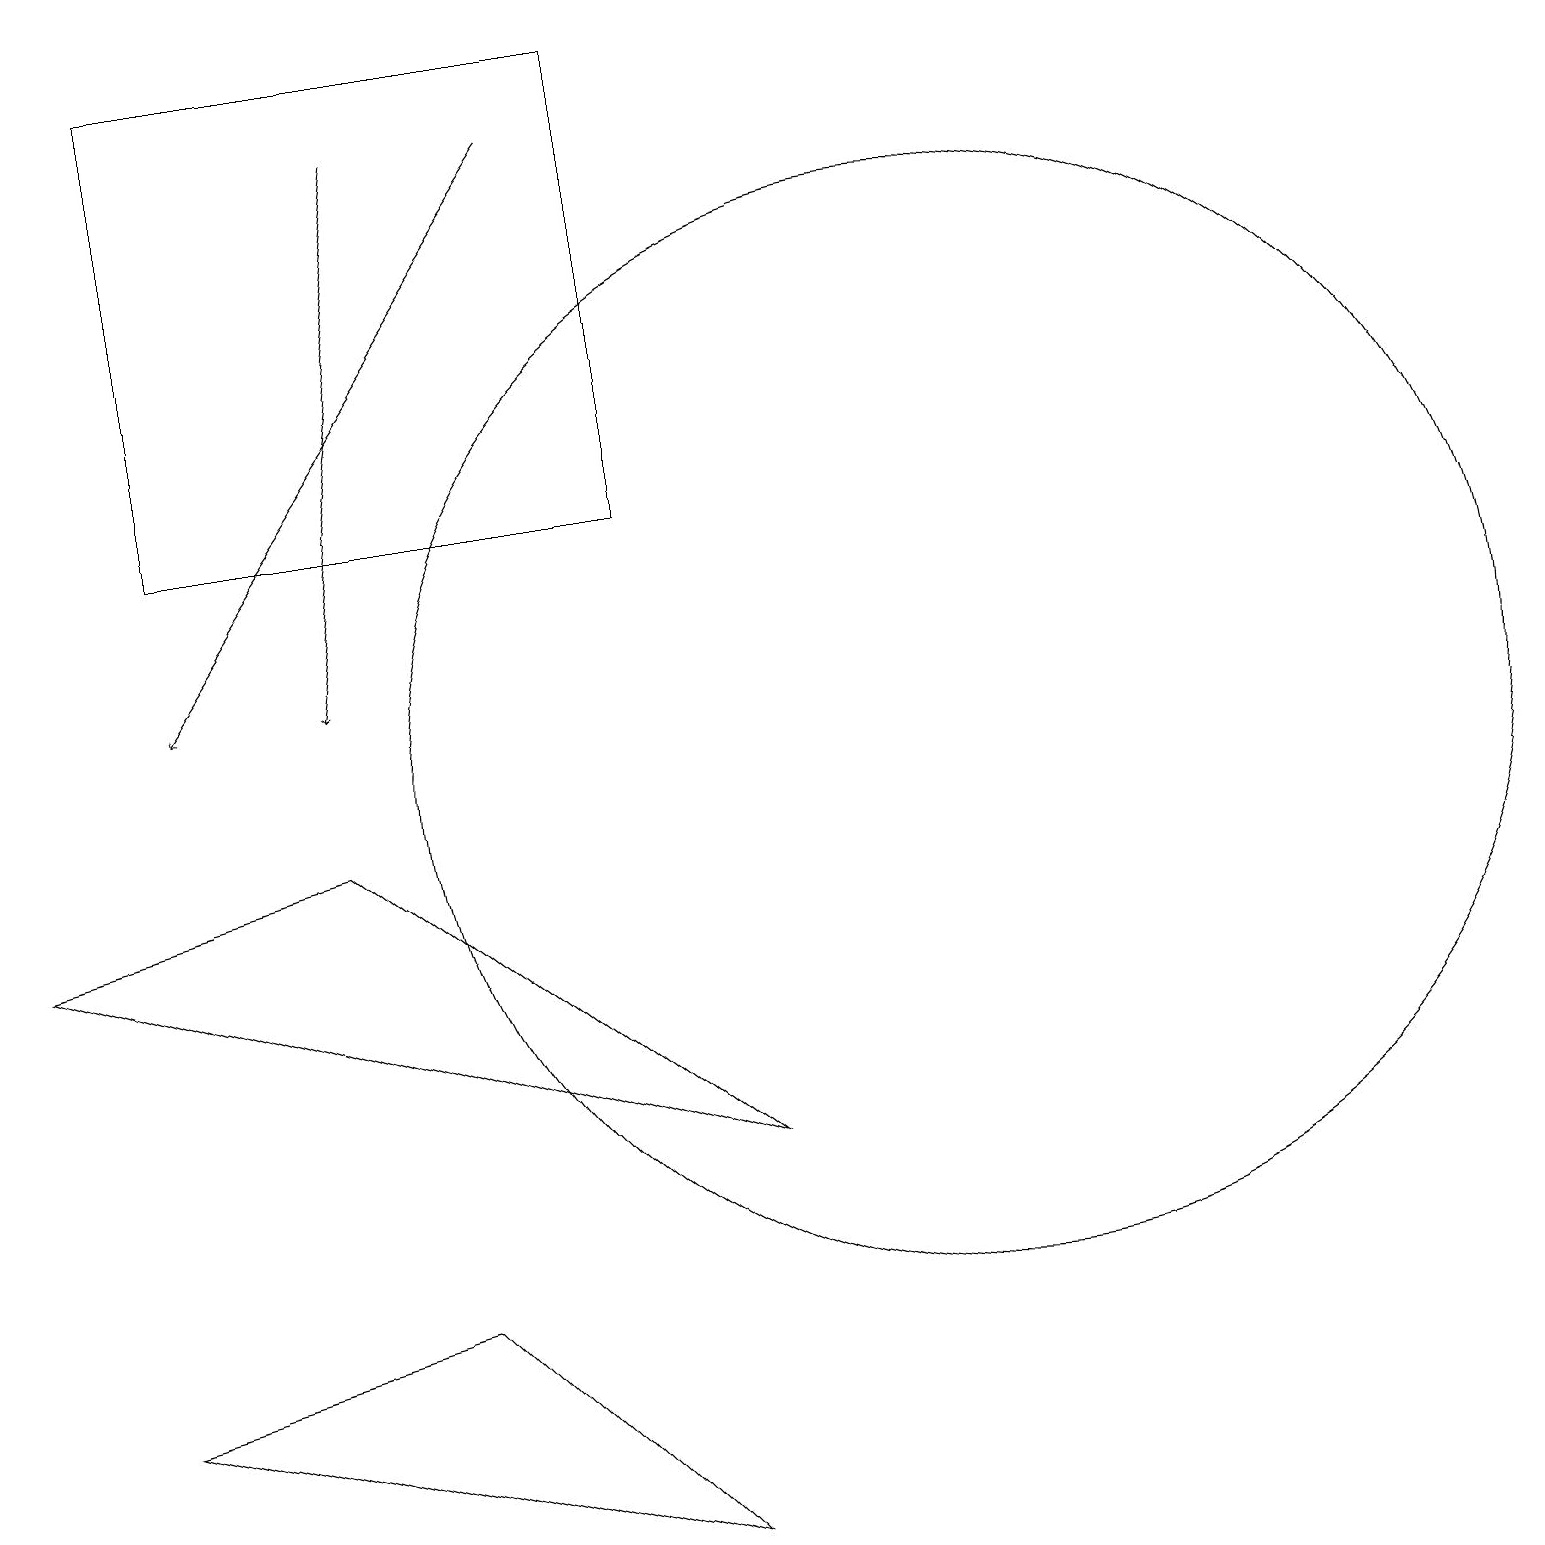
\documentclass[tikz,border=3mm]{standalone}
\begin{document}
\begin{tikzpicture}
\draw (8,0) -- (1,2) -- (5,3) -- cycle;
\draw[->] (7,18) -- (2,11);
\draw (12,10) circle (7);
\draw (4,9) -- (0,8) -- (9,5) -- cycle;
\draw (2,13) rectangle (8,19);
\draw[->] (5,18) -- (4,11);
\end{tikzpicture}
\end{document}